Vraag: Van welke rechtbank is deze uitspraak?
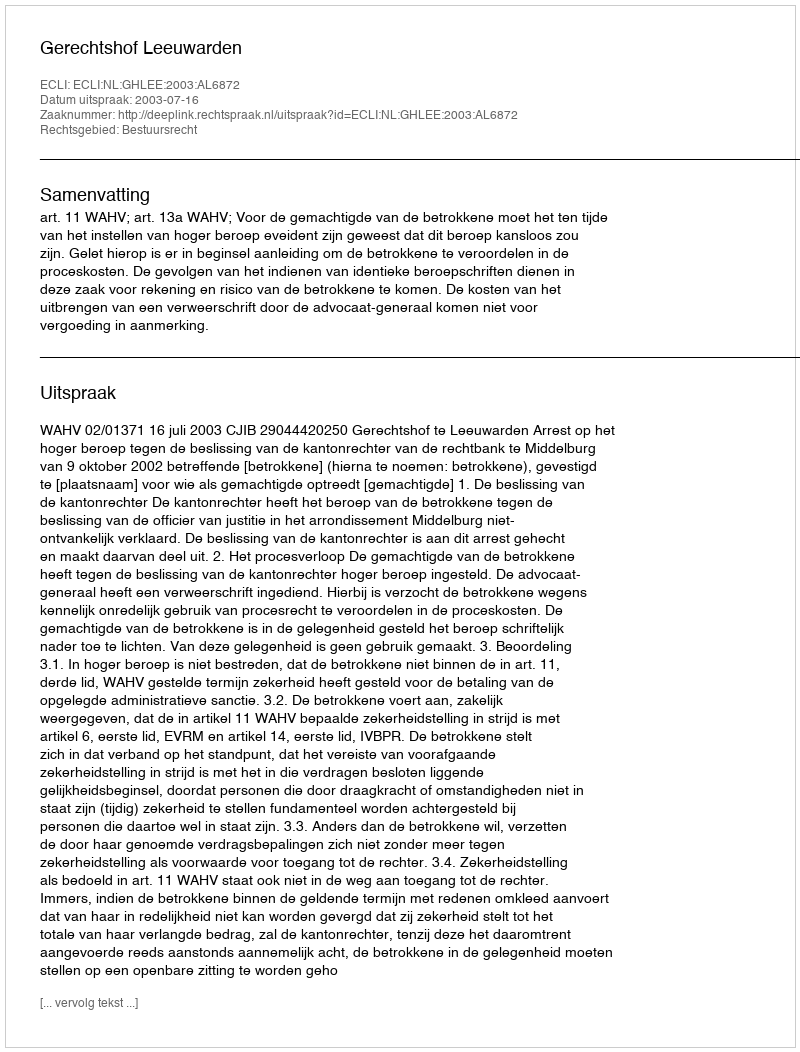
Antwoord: Gerechtshof Leeuwarden